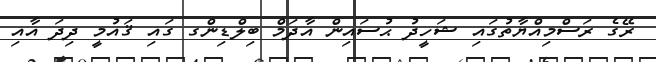
ރޭގެ ރަސްމިއްޔާތުގައި ޝަހީދު ޙުސައިން އާދަމް ބިލްޑިންގ ގައި ޤައުމީ ދިދަ އާއި